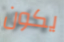
يكون